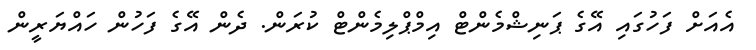
އެއަށް ފަހުގައި އޭގެ ޕަނިޝްމެންޓް އިމްޕްލިމެންޓް ކުރަން. ދެން އޭގެ ފަހުން ހައްޔަރީން